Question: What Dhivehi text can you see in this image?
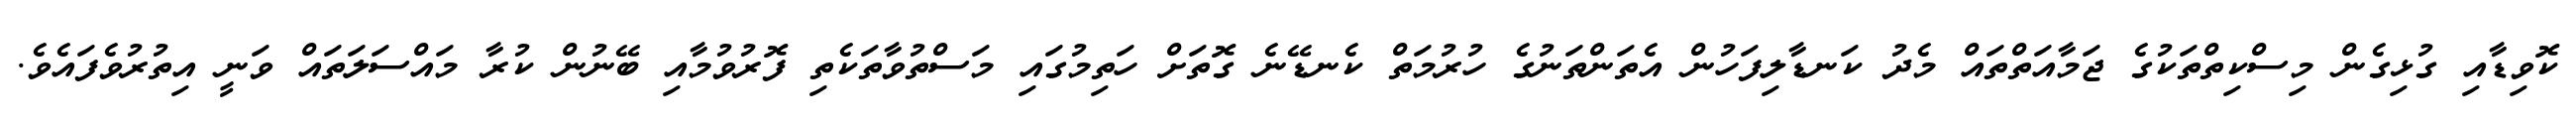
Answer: ކޮވިޑާއި ގުޅިގެން މިސްކިތްތަކުގެ ޖަމާއަތްތައް މެދު ކަނޑާލިފަހުން އެތަންތަނުގެ ހުރުމަތް ކެނޑޭނެ ގޮތަށް ހަތިމުގައި މަސްތުވާތަކެތި ފޮރުވުމާއި ބޭނުން ކުރާ މައްސަލަތައް ވަނީ އިތުރުވެފައެވެ.